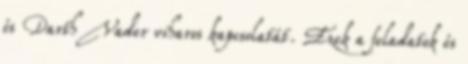
és Darth Vader viharos kapcsolatát. Ezek a feladatok és